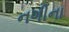
નગીના